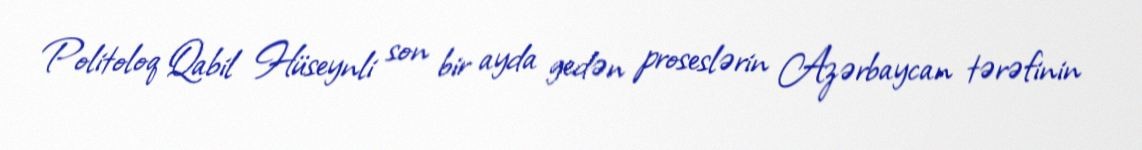
Politoloq Qabil Hüseynli son bir ayda gedən proseslərin Azərbaycan tərəfinin